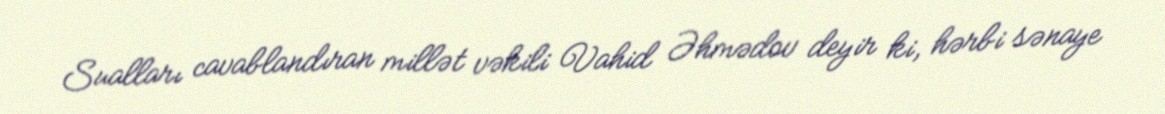
Sualları cavablandıran millət vəkili Vahid Əhmədov deyir ki, hərbi sənaye